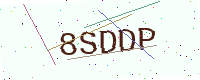
Text: 8SDDP